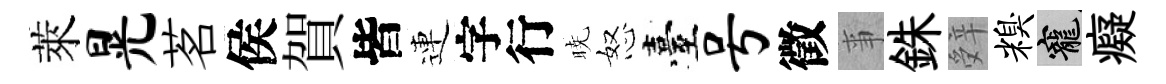
萊晃茗侯賀皆連字行暁怒臺号徵亊銖辤糗寵癡